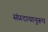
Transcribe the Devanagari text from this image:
संप्रदायानुरूप